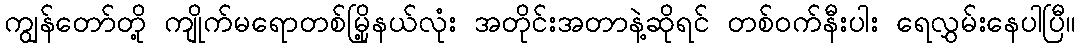
ကျွန်တော်တို့ ကျိုက်မရောတစ်မြို့နယ်လုံး အတိုင်းအတာနဲ့ဆိုရင် တစ်ဝက်နီးပါး ရေလွှမ်းနေပါပြီ။